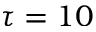
\tau = 1 0